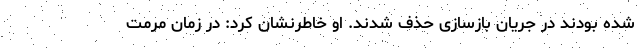
شده بودند در جریان بازسازی حذف شدند. او خاطرنشان کرد: در زمان مرمت